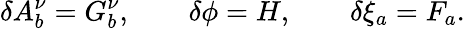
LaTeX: \delta A_{b}^{\nu}=G_{b}^{\nu},\qquad\delta\phi=H,\qquad\delta\xi_{a}=F_{a}.